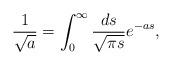
LaTeX: \begin{align*}\frac {1} {\sqrt{a}} = \int_0^{\infty} \frac {ds} {\sqrt{\pi s}}e^{-as},\end{align*}